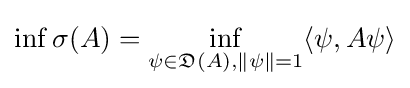
\inf \sigma (A)=\inf _{\psi \in {\mathfrak {D}}(A),\|\psi \|=1}\langle \psi ,A\psi \rangle